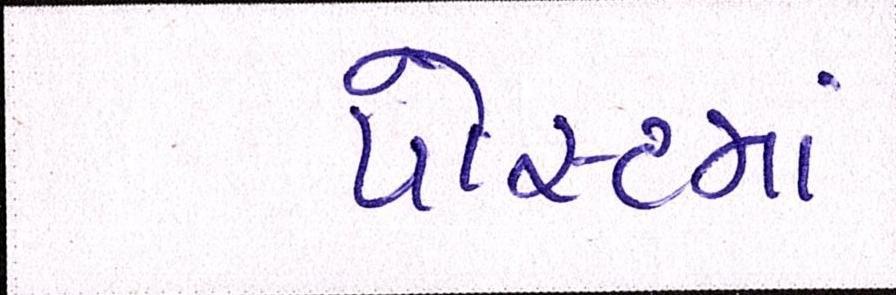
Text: પોસ્ટમાં